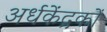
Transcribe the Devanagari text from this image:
अर्धकेंद्रकों